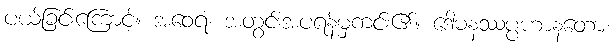
ပယ်ခြင်းကြောင့်။ အဝေရံ၊ အတွင်းအပရန်မှကင်း၏။ ဒေါမနဿပ္ပဟာနတော၊